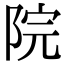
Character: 院